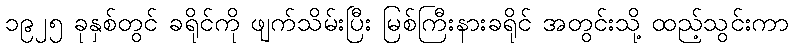
၁၉၂၅ ခုနှစ်တွင် ခရိုင်ကို ဖျက်သိမ်းပြီး မြစ်ကြီးနားခရိုင် အတွင်းသို့ ထည့်သွင်းကာ